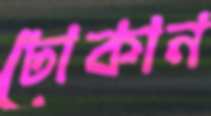
ঢোকান